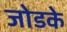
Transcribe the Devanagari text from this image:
जोडके